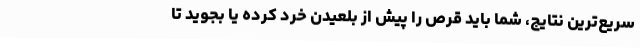
سریع‌ترین نتایج، شما باید قرص را پیش از بلعیدن خرد کرده یا بجوید تا